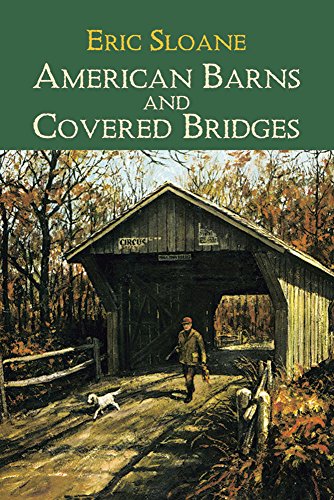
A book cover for American Barns and Covered Bridges (Americana); Eric Sloane; Humor & Entertainment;